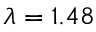
\lambda = 1 . 4 8